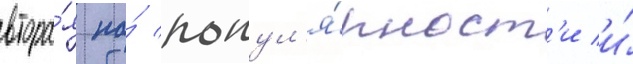
втора́я по́ попул'я́рност'и и́